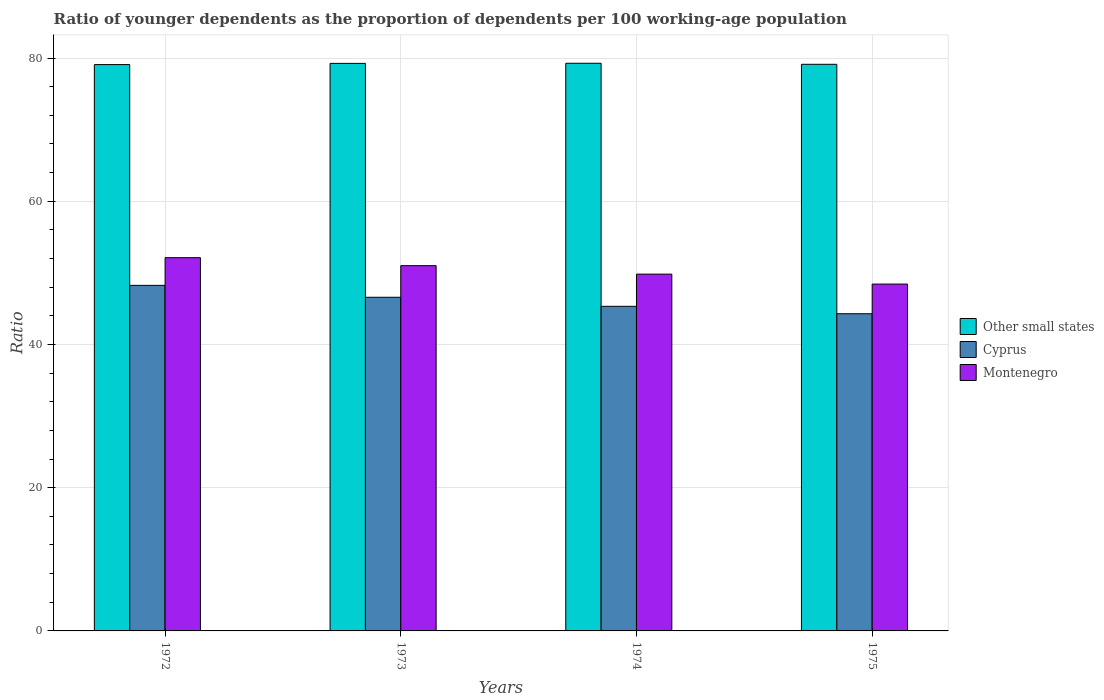
| Years | Other small states | Cyprus | Montenegro |
 | --- | --- | --- | --- |
 | 1972 | 79.1 | 48.3 | 52.1 |
 | 1973 | 79.3 | 46.6 | 51 |
 | 1974 | 79.3 | 45.3 | 49.8 |
 | 1975 | 79.1 | 44.3 | 48.4 |